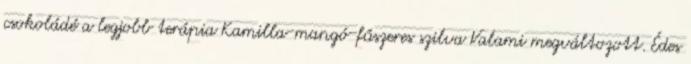
csokoládé a legjobb terápia Kamilla-mangó-fűszeres szilva Valami megváltozott. Édes